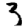
Digit: 3